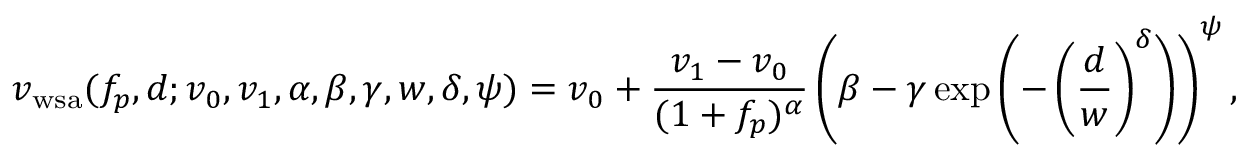
v _ { \mathrm { w s a } } ( f _ { p } , d ; v _ { 0 } , v _ { 1 } , \alpha , \beta , \gamma , w , \delta , \psi ) = v _ { 0 } + \frac { v _ { 1 } - v _ { 0 } } { ( 1 + f _ { p } ) ^ { \alpha } } \left( \beta - \gamma \exp \left( - \left( \frac { d } { w } \right) ^ { \delta } \right) \right) ^ { \psi } ,